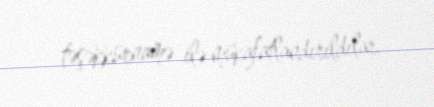
təşəkkürnamə ilə mükafatlandırıldılar.